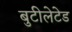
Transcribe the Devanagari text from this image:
बुटीलेटेड